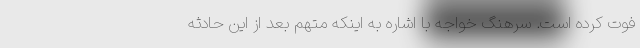
فوت کرده است. سرهنگ خواجه با اشاره به اینکه متهم بعد از این حادثه